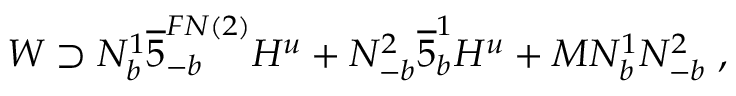
W \supset N _ { b } ^ { 1 } \overline { { { 5 } } } _ { - b } ^ { F N ( 2 ) } H ^ { u } + N _ { - b } ^ { 2 } \overline { { { 5 } } } _ { b } ^ { 1 } H ^ { u } + M N _ { b } ^ { 1 } N _ { - b } ^ { 2 } \; ,